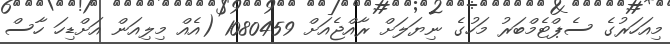
މިއަހަރުގެ ސެޕްޓެމްބަރު މަހުގެ ނިޔަލަށް ރާއްޖެއަށް 1080459 (އެއް މިލިއަން އަށްޑިހަ ހާސް